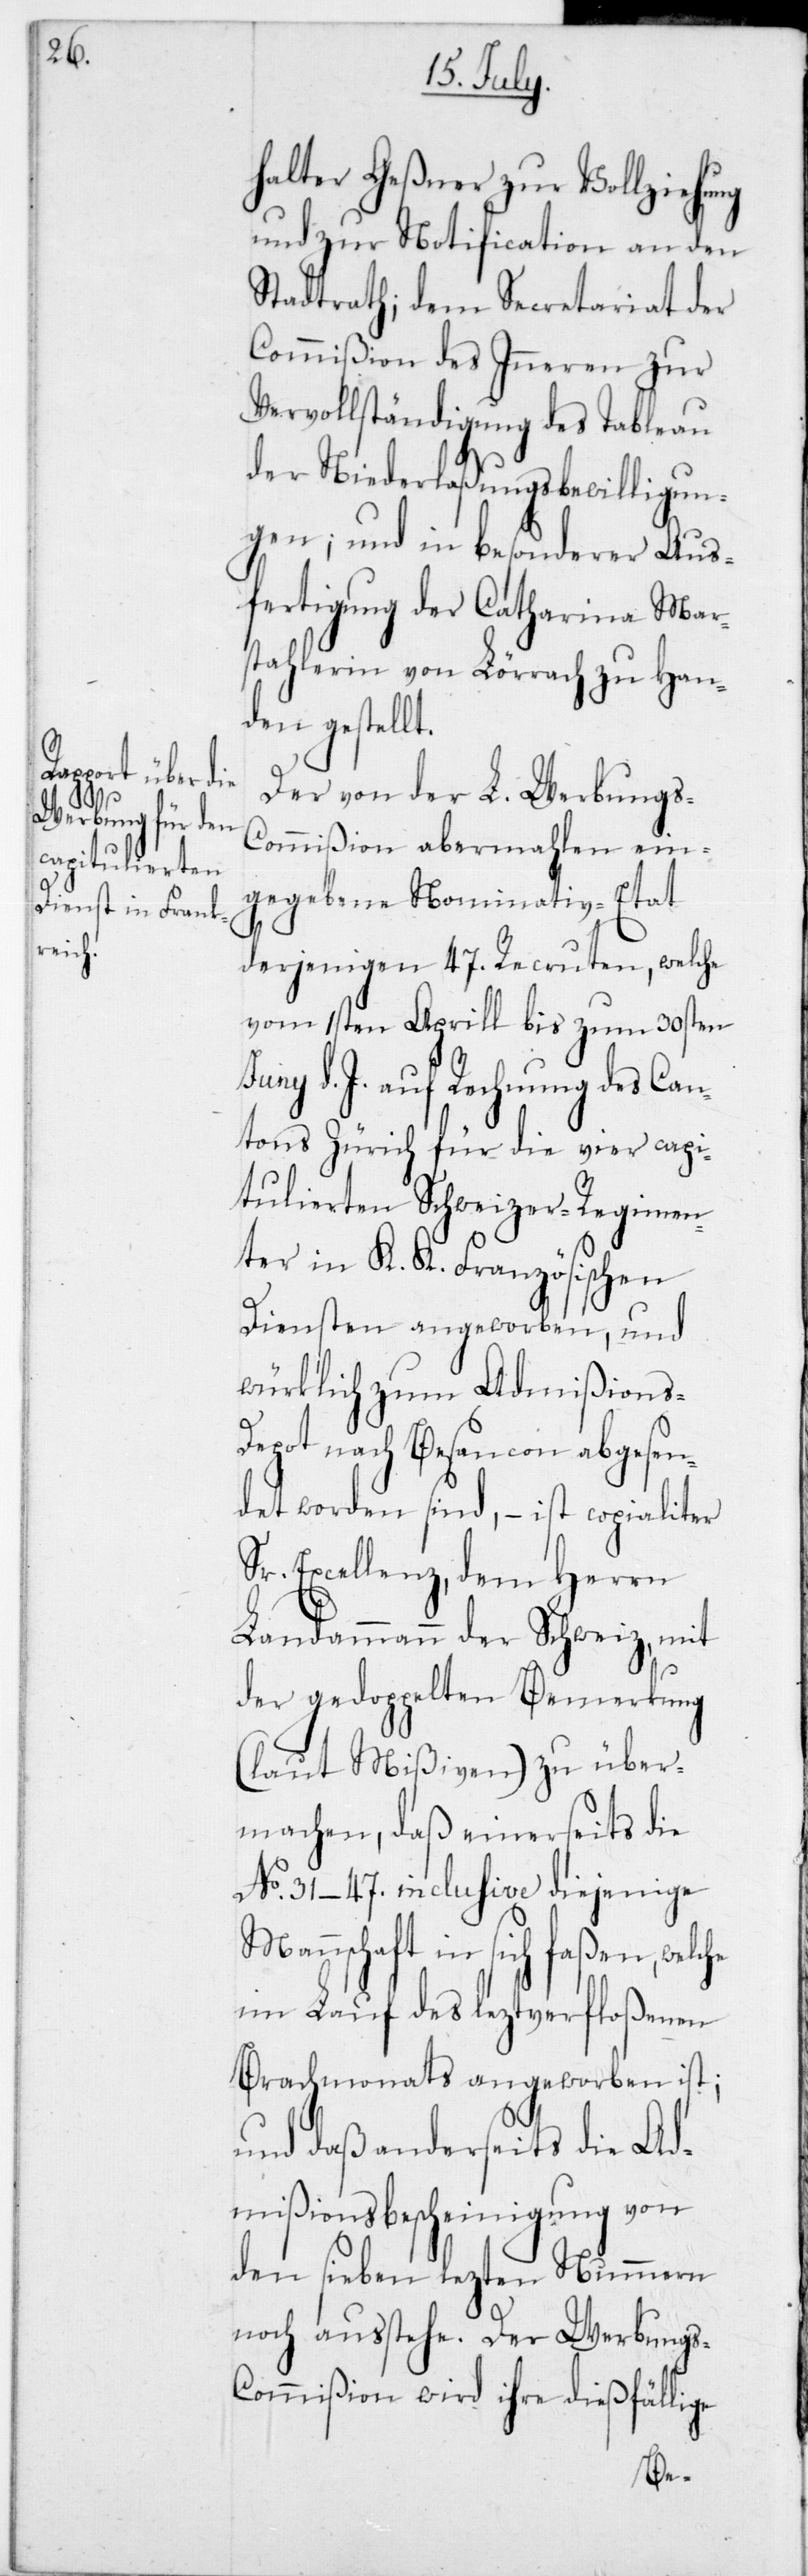
halter Geßner zur Vollziehung
und zur Notification an den
Stadtrath; dem Secretariat der
Commißion des Inneren zur
Vervollständigung des Tableau
der Niederlaßungsbewilligun¬
gen; und in besonderer Aus¬
fertigung der Catharina Mar¬
stahlerin von Lörrach zu Han¬
den gestellt.
Der von der L. Werbungs¬
Commißion abermahlen ein¬
gegebene Nominativ-Etat
derjenigen 47 Recruten, welche
vom 1sten Aprill bis zum 30sten
d. J. auf Rechnung des Can¬
tons Zürich für die vier capi¬
tulierten Schweizer-Regimen¬
ter in K. K. Französischen
Diensten angeworben, und
würklich zum Admißions-D¬
epot nach Besancon abgesen¬
det worden sind, – ist copialiter
Sr. Excellenz, dem Herrn
Landammann der Schweiz, mit
der gedoppelten Bemerkung
(laut Mißiven) zu über¬
machen, daß einerseits die
No 31–47 inclusive diejenige
Mannschaft in sich faßen, welche
im Lauf des leztverfloßenen
Brachmonats angeworben ist;
und daß anderseits die Ad¬
mißionsbescheinigung von
den sieben lezten Nummern
noch ausstehe. Der Werbungs-C¬
ommißion wird ihre dießfällige